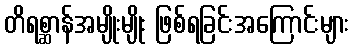
တိရစ္ဆာန်အမျိုးမျိုး ဖြစ်ရခြင်းအကြောင်းများ